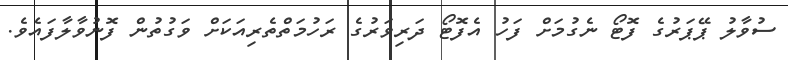
ސުވާލު ޕޭޕަރުގެ ފޮޓޯ ނެގުމަށް ފަހު އެފޮޓޯ ދަރިވަރުގެ ރަހުމަތްތެރިއަކަށް ވަގުތުން ފޮނުވާލާފައެވެ.